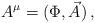
LaTeX: \begin{align*}A^\mu = (\Phi, \vec{A} ) \, , \end{align*}